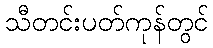
သီတင်းပတ်ကုန်တွင်